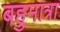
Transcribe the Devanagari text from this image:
बहुमात्रा